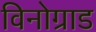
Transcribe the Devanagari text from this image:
विनोग्राड